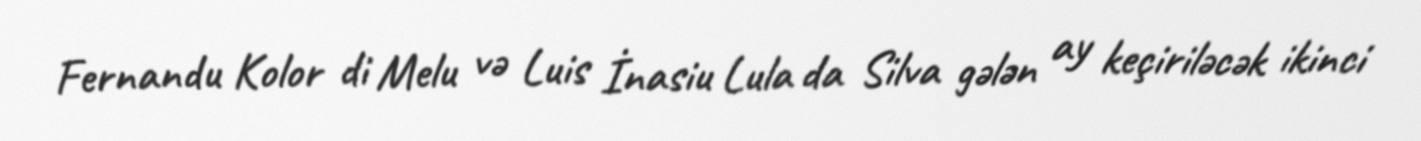
Fernandu Kolor di Melu və Luis İnasiu Lula da Silva gələn ay keçiriləcək ikinci